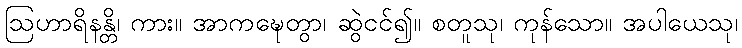
ဩဟာရိနန္တိ၊ ကား။ အာကဍ္ဎေတွာ၊ ဆွဲငင်၍။ စတူသု၊ ကုန်သော။ အပါယေသု၊